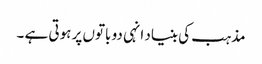
مذہب کی بنیاد انہی دو باتوں پر ہوتی ہے ۔